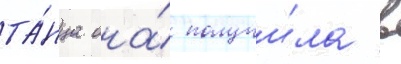
та́нца она́ получи́ла в